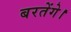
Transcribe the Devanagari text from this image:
बरतेंगे।